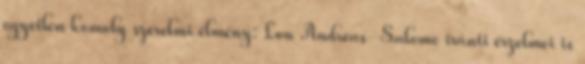
egyetlen komoly szerelmi élmény: Lou Andreas-Salome iránti érzelmei is